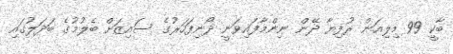
ބާކީ 99 މިލިއަން ރުފިޔާ ދޭން ނިންމާފައިވަނީ ދޯނިފަހަރުގެ ސައިޒަށް ބެލުމުގެ ބަދަލުގައި